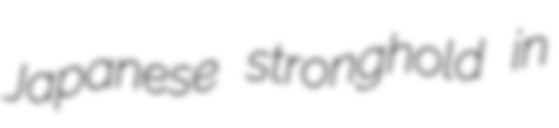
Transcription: Japanese stronghold in